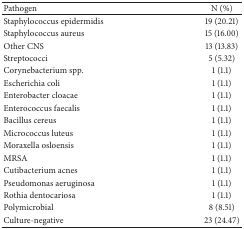
<table><thead><tr><td><b>Pathogen</b></td><td><b>N (%)</b></td></tr></thead><tbody><tr><td>Staphylococcus epidermidis</td><td>19 (20.21)</td></tr><tr><td>Staphylococcus aureus</td><td>15 (16.00)</td></tr><tr><td>Other CNS</td><td>13 (13.83)</td></tr><tr><td>Streptococci</td><td>5 (5.32)</td></tr><tr><td>Corynebacterium spp.</td><td>1 (1.1)</td></tr><tr><td>Escherichia coli</td><td>1 (1.1)</td></tr><tr><td>Enterobacter cloacae</td><td>1 (1.1)</td></tr><tr><td>Enterococcus faecalis</td><td>1 (1.1)</td></tr><tr><td>Bacillus cereus</td><td>1 (1.1)</td></tr><tr><td>Micrococcus luteus</td><td>1 (1.1)</td></tr><tr><td>Moraxella osloensis</td><td>1 (1.1)</td></tr><tr><td>MRSA</td><td>1 (1.1)</td></tr><tr><td>Cutibacterium acnes</td><td>1 (1.1)</td></tr><tr><td>Pseudomonas aeruginosa</td><td>1 (1.1)</td></tr><tr><td>Rothia dentocariosa</td><td>1 (1.1)</td></tr><tr><td>Polymicrobial</td><td>8 (8.51)</td></tr><tr><td>Culture-negative</td><td>23 (24.47)</td></tr></tbody></table>